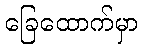
ခြေထောက်မှာ